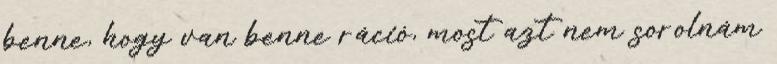
benne, hogy van benne ráció, most azt nem sorolnám